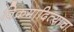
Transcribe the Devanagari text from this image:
विक्रमादित्याचा